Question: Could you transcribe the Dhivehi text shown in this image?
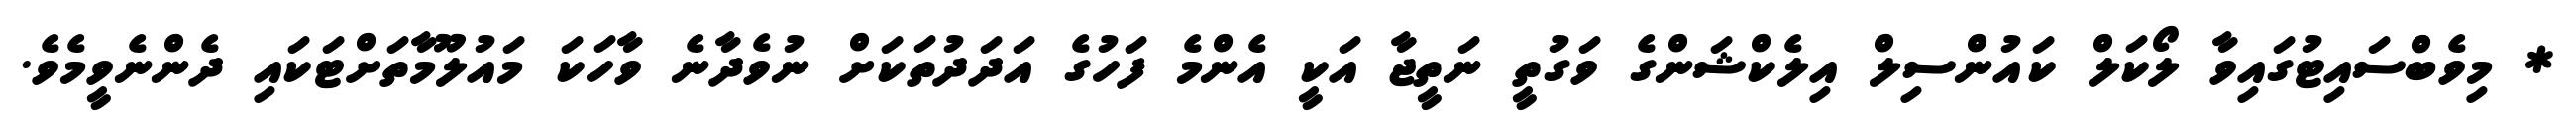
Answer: * މިވެބްސައިޓުގައިވާ ލޯކަލް ކައުންސިލް އިލެކްޝަންގެ ވަގުތީ ނަތީޖާ އަކީ އެންމެ ފަހުގެ އަދަދުތަކަށް ނުވެދާނެ ވާހަކަ މައުލޫމާތަށްޓަކައި ދެންނެވީމެވެ.